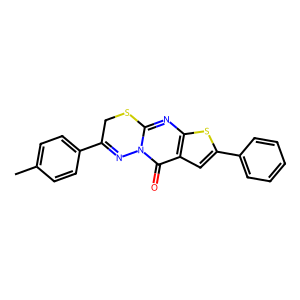
SMILES: Cc1ccc(C2=Nn3c(nc4sc(-c5ccccc5)cc4c3=O)SC2)cc1
Inhibits HIV replication: No